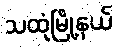
သထုံမြို့နယ်